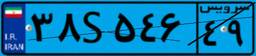
۳۸S۵۴۶۴۹